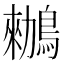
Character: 䳵